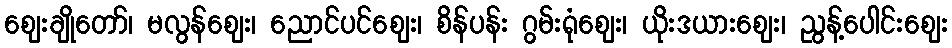
ဈေးချိုတော်၊ မလွန်ဈေး၊ ညောင်ပင်ဈေး၊ စိန်ပန်း ဂွမ်းရုံဈေး၊ ယိုးဒယားဈေး၊ ညွန့်ပေါင်းဈေး